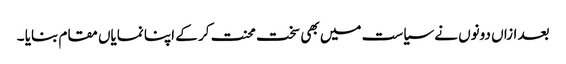
بعد ازاں دونوں نے سیاست میں بھی سخت محنت کر کے اپنا نمایاں مقام بنایا ۔